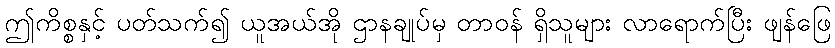
ဤကိစ္စနှင့် ပတ်သက်၍ ယူအယ်အို ဌာနချုပ်မှ တာဝန် ရှိသူများ လာရောက်ပြီး ဖျန်ဖြေ